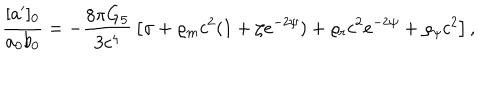
{ \frac { [ a ^ { \prime } ] _ { 0 } } { a _ { 0 } b _ { 0 } } } = - { \frac { 8 \pi G _ { 5 } } { 3 c ^ { 4 } } } \left[ \sigma + \varrho _ { m } c ^ { 2 } ( 1 + \zeta e ^ { - 2 \psi } ) + \varrho _ { r } c ^ { 2 } e ^ { - 2 \psi } + \varrho _ { \psi } c ^ { 2 } \right] ,